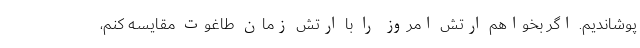
پوشاندیم. اگر بخواهم ارتش امروز را با ارتش زمان طاغوت مقایسه کنم،